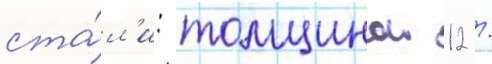
ста́л'и: толщинои 12 /